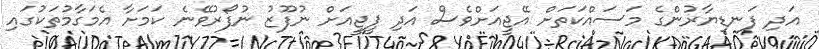
އަދި ފަނޑިޔާރުންގެ މަސައްކަތަށް އޭޖީއަށްވެސް އަދި ޕީޖީއަށް ނުފޫޒު ނުފޯރުވޭނެ ކަމަށާ އެމަގާމުތަކުގައި